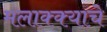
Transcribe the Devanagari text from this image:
मलाक्क्याचे